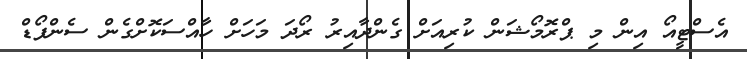
އެސްޓީއޯ އިން މި ޕްރޮމޯޝަން ކުރިއަށް ގެންދާއިރު ރޯދަ މަހަށް ހާއްސަކޮށްގެން ސެންފޯޑް